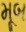
મૂબ